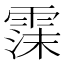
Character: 𬰃